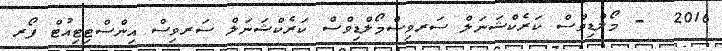
2016  - މޯލްޑިވްސް ކަރެކްޝަނަލް ސަރވިސްމޯލްޑިވްސް ކަރެކްޝަނަލް ސަރވިސް އިންސްޓިޓިއުޓް ފޯރ